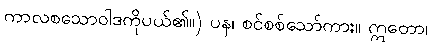
ကာလစသောဝါဒကိုပယ်၏။) ပန၊ စင်စစ်သော်ကား။ ဣတော၊